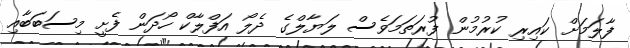
ފާލަމަށް ކައިރި ކުރުމުން ފުރަތަމަވެސް ލަޔާލްގެ ދެލޯ އަފްލާކް ހޯދަން ފެށީ މިސަބަބާއި